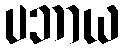
ပဘာယ